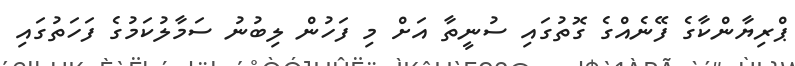
ޕްރިޔާންކާގެ ފޭނެއްގެ ގޮތުގައި ސުނީތާ އަށް މި ފަހުން ލިބުނު ސަމާލުކަމުގެ ފަހަތުގައި